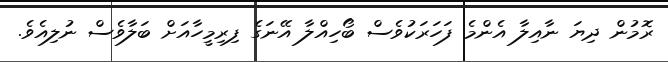
ރޮމުން ދިޔަ ނާއިލާ އެންމެ ފަހަރަކުވެސް ބޯހިއްލާ އޭނަގެ ފިރިމީހާއަށް ބަލާވެސް ނުލިއެވެ.